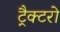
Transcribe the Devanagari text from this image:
ट्रैक्टरो